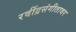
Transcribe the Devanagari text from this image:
रवींद्रसंगीतावर